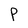
Character: P